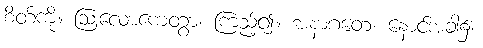
စိတ်ကို။ ဩလောကေတွာ၊ ကြည့်၍။ အနာဂတေ၊ နောင်အခါ၌။